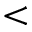
<